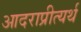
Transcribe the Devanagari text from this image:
आदराप्रीत्यर्थ